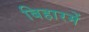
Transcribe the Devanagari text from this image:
बिहारमें